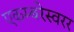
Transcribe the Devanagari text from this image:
एकम्बरेस्वरर